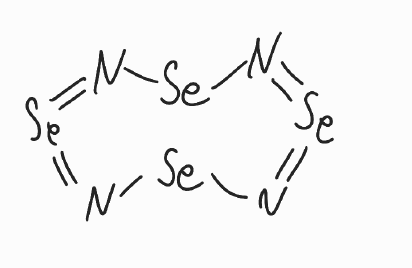
Simplified molecular-input line-entry system (SMILES) notation of the given molecule:
N1=[Se]=N[Se]N=[Se]=N[Se]1